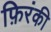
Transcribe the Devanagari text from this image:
फ़िरंकी